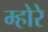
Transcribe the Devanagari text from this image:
म्होरे